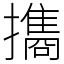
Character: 㩦